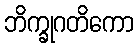
ဘိက္ခုဂတိကော